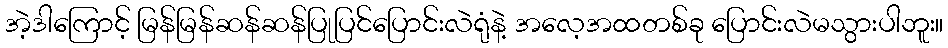
အဲ့ဒါကြောင့် မြန်မြန်ဆန်ဆန်ပြုပြင်ပြောင်းလဲရုံနဲ့ အလေ့အထတစ်ခု ပြောင်းလဲမသွားပါဘူး။